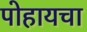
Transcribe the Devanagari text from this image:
पोहायचा